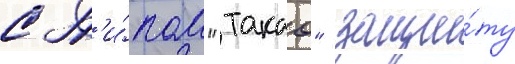
с т'и́пом "такао" защи́ту